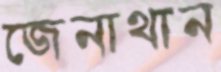
জেনাথান